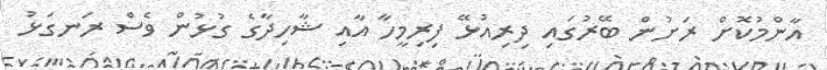
އާންމުކޮށް ރަށުން ބޭރުގައި ދިރިއުޅޭ ފިރިމީހާ އާއި ޝާހިދާގެ ގުޅުން ވެސް ރަނގަޅު